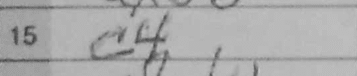
Transcription: c4